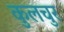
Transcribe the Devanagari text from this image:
कुलचुर